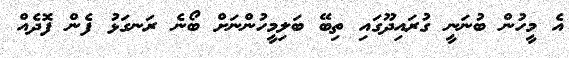
އެ މީހުން ބުނަނީ ގުރައިދޫގައި ތިބޭ ބަލިމީހުންނަށް ބޯނެ ރަނގަޅު ފެން ފޮދެއް